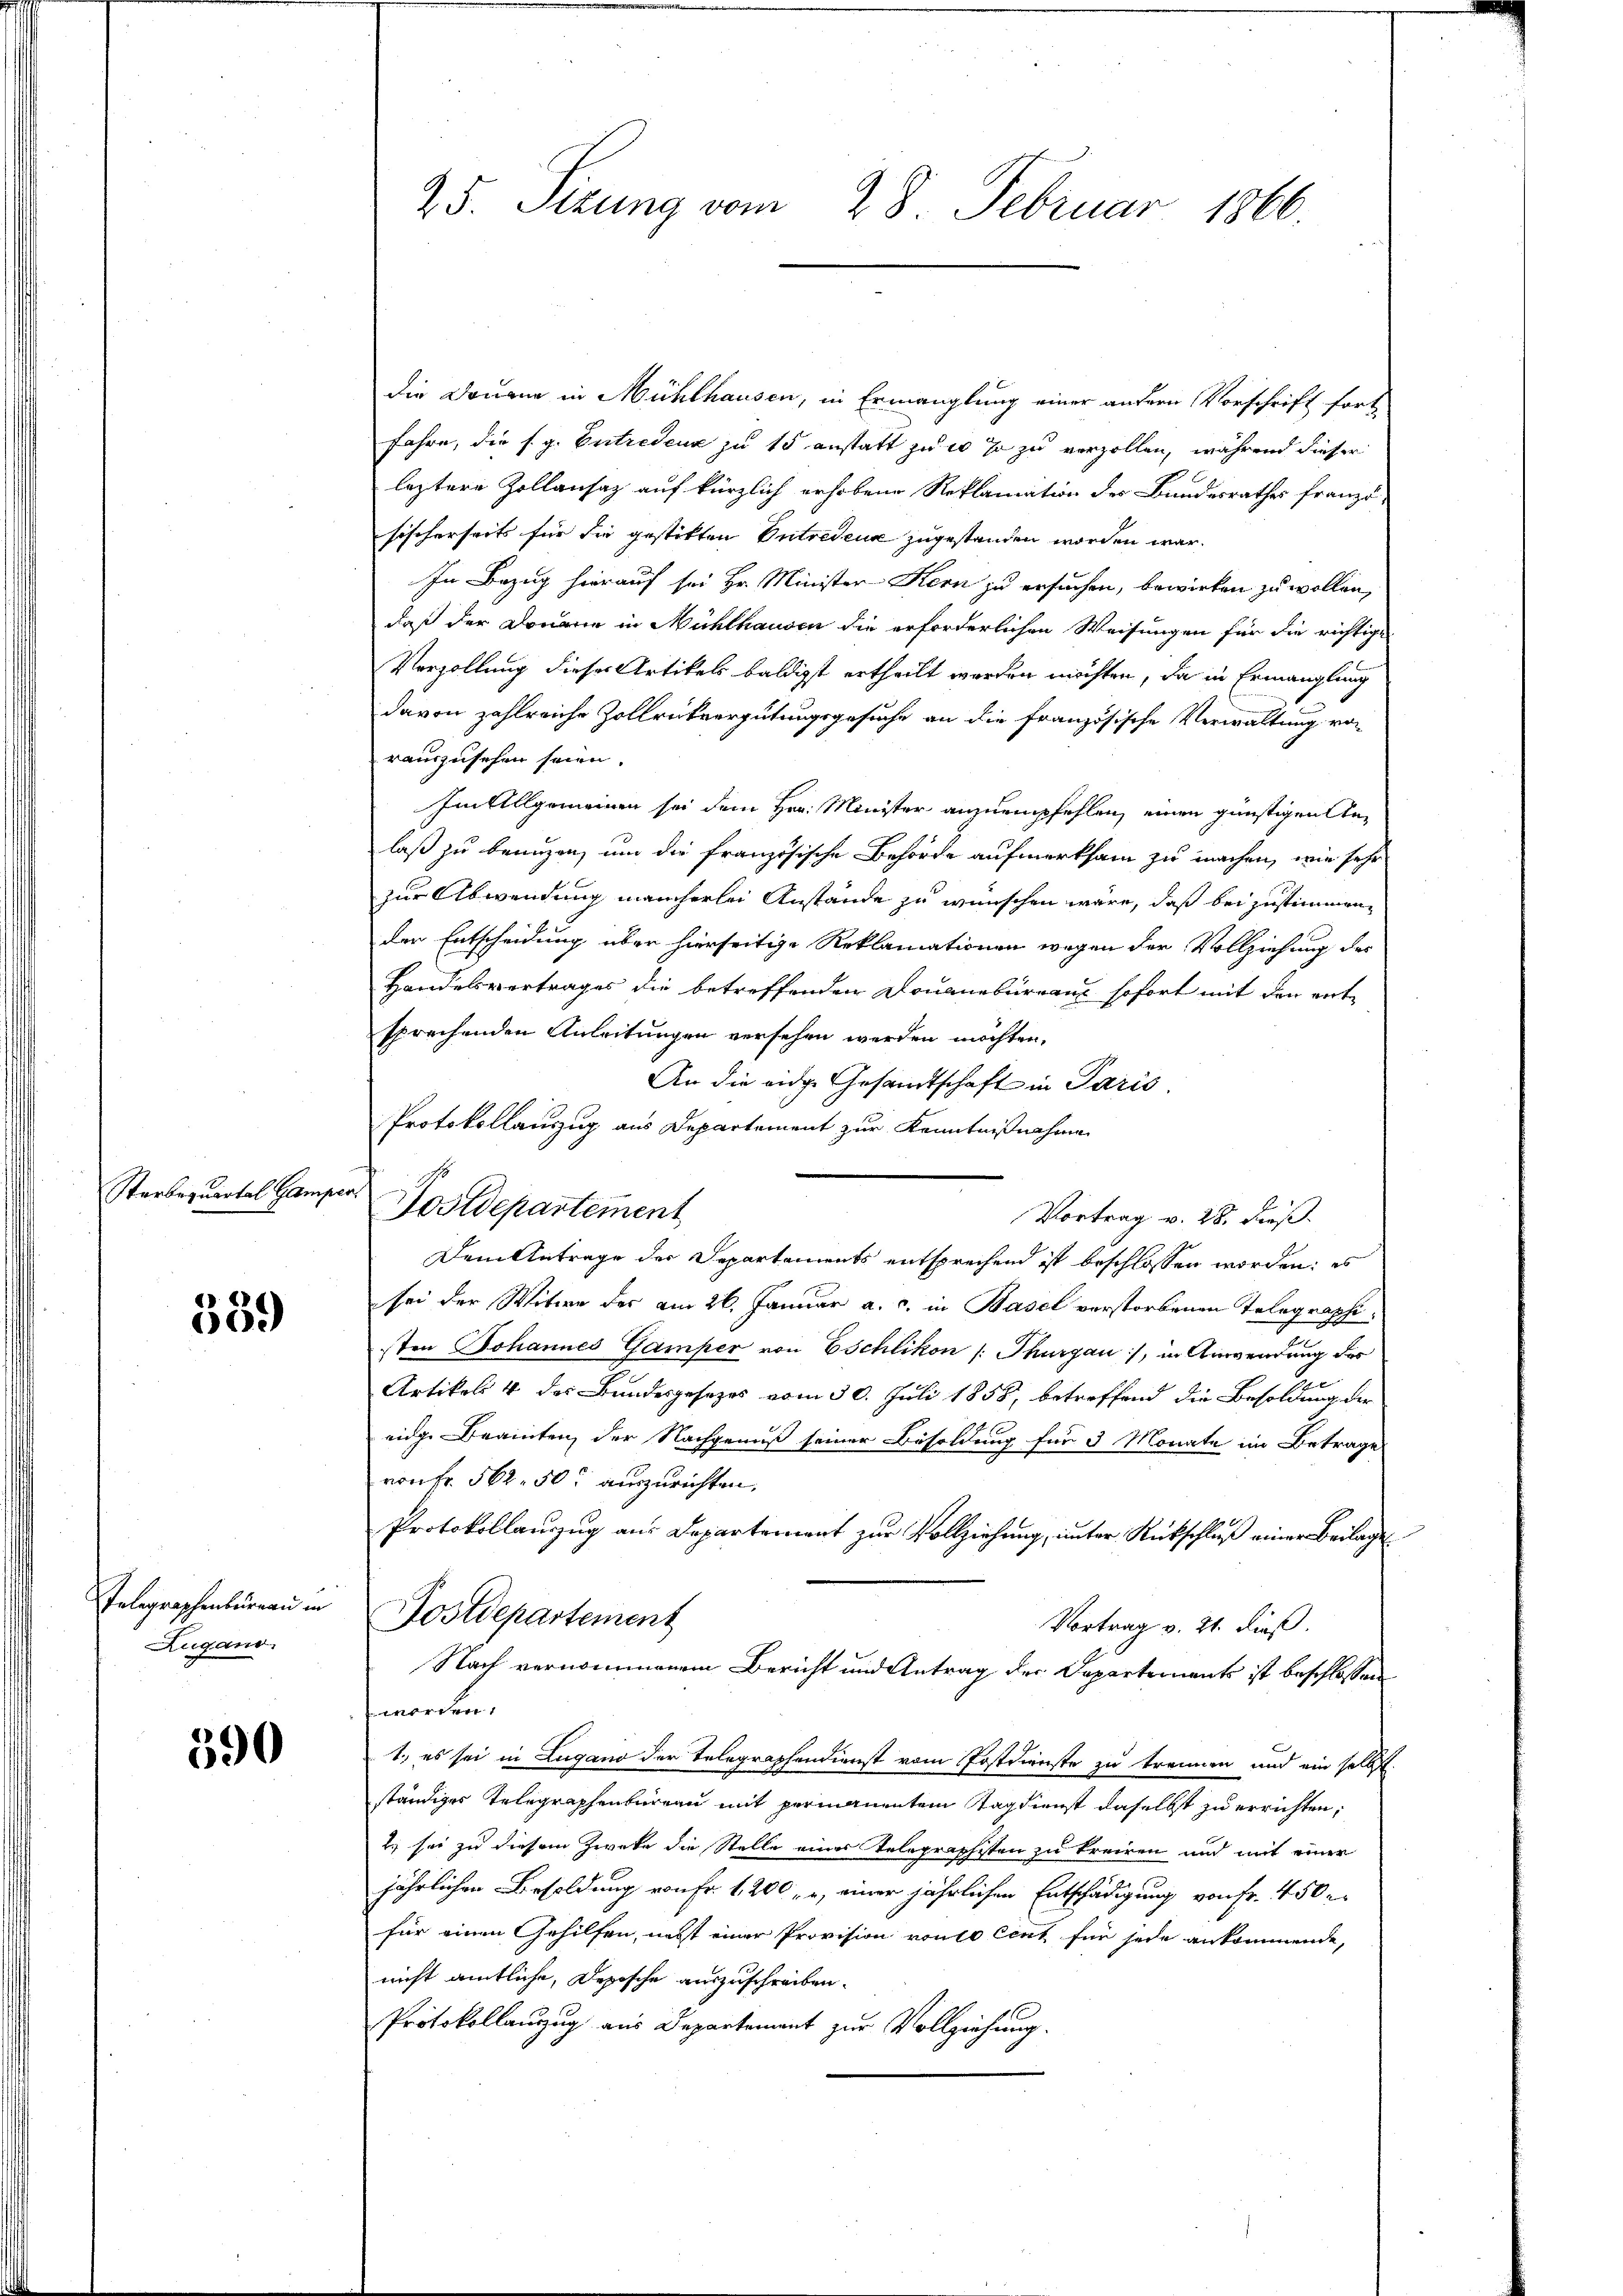
Sterbezuartal Gamper.

559

Telegraphenbureau in
Zugano.

590

25. Sizung vom 28. Februar 1866

die Douane in Mühlhausen, in Ermanglung einer andern Vorschrift fort
Jahre, die s. g. Entredena zu 15 anstatt zu er so zu verzollen, während dieser
leztere Zollansatz auf kürzlich erhobene Reklamation des Bundesrathes franz.
sischerseits für die gestitten Intredense zugestanden worden war.
In Bezug hierauf sei Hr. Minister-Kern zu ersuchen, bewirken zu wollen,
daß der Donaue in Mühlhausen die erforderlichen Weisungen für die richtige
Verzöllung dieser Artikels baldigst ertheilt werden möchten, da in Ermanglung
davon zahlreiche Zollrükvergütungsgesuche an die französische Verwaltung von
rauszusehen seien.
Im Allgemeinen sei dem Hrn. Minister anzuempfehlen, einen günstigen Anlaß zu benuzen, um die französische Behörde aufmerksam zu machen, wie sehr
zur Abwendung mancherlei Anstände zu wünschen wäre, daß bei zustimmen
der Entscheidung über hierseitige Reklamationen wegen der Vollziehung des
Handelsvertrages die betreffenden Douanebureau sofort mit den entsprechenden Anleitungen versehen werden möchten.
An die ange Gesandtschaft in Paris.
Protokollauszug aus Departement zur Kenntnißnahmen
Postdepartement,
Vortrag v. 28. dieß
Dem Antrage der Separtements entsprechend ist beschlossen worden: es
sei der Witwe des am 26. Januar a. c. in Basel verstorbenen Telegraphisten Johannes Gamper von Eschlikon (: Thurgau), in Anwendung des
Artikels 4 des Bundesgesetzes vom 30. Juli 1858, betreffend die Besoldung der
eige Beamten, der Nachgenuß seiner Besoldung für 3 Monate im Betrage
von Fr. 562, 50 auszurichten.
Protokollanzug aus Departement zur Vollziehung, unter Rückschluß einer Beilage
Postdepartement
Vortrag v. 21. dieß.
Nach vernommenem Bericht und Antrag der Departements ist beschlossen
worden.
1.) es sei in Lugano der Telegraphendienst vom Postdienste zu trennen und ein selbst
ständiger Telegraphenbureau mit perinäuenten Tag dienst daselbst zu errichten,
E. sei zu diesem Zweke die Stelle eines Telegraphisten zu kreiren und mit einer
jährlichen Besoldung von Fr. 1200, u, einer jährlichen Entschädigung von Fr. 450.
für einen Gehilfen, nebst einer Provision von 10 Cent für jede ankommende,
nicht amtliche, Depische auszuschreiben.
Protokollauszug aus Departement zur Vollziehung.